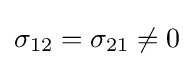
\sigma _{12}=\sigma _{21}\neq 0